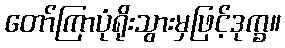
တော်ကြာပုံရိုးသွားမှဖြင့်ဒုက္ခ။